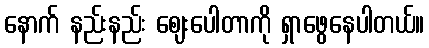
နောက် နည်းနည်း ဈေးပေါတာကို ရှာဖွေနေပါတယ်။